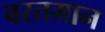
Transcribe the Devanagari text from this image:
वरतमान